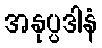
အနုပ္ပဒါနံ